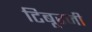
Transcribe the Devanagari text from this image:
टिबूरजी